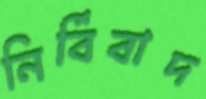
নির্বিবাদ